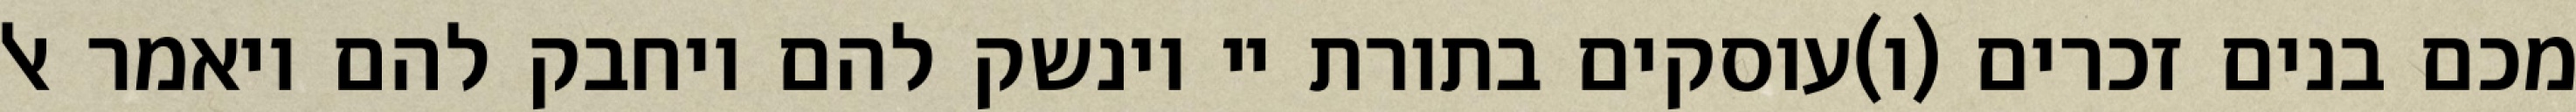
מכם בנים זכרים (ו)עוסקים בתורת יי וינשק להם ויחבק להם ויאמר אל